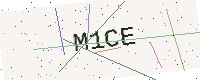
Text: M1CE